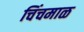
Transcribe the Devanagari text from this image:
चिंचमाळ